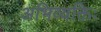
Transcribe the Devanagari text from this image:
अभिव्यक्तिः